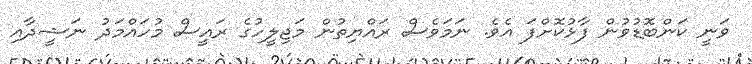
ވަނީ ކަންބޮޑުވުން ފާޅުކޮށްފަ އެވެ. ނަމަވެސް ރައްޔިތުން މަޖިލީހުގެ ރައީސް މުހައްމަދު ނަޝީދާއި